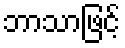
ဘာသာဖြင့်